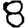
Digit: 8